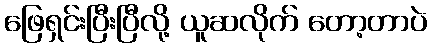
ဖြေရှင်းပြီးပြီလို့ ယူဆလိုက် တော့တာပဲ